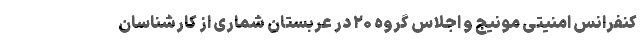
کنفرانس امنیتی مونیج و اجلاس گروه ۲۰ در عربستان شماری از کارشناسان